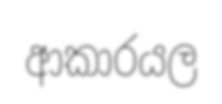
ආකාරයල